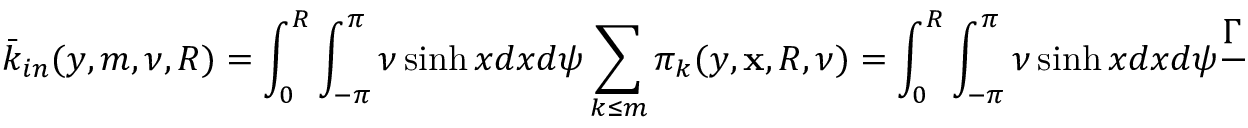
\bar { k } _ { i n } ( y , m , \nu , R ) = \int _ { 0 } ^ { R } \int _ { - \pi } ^ { \pi } \nu \sinh x d x d \psi \sum _ { k \leq m } \pi _ { k } ( y , \mathbf x , R , \nu ) = \int _ { 0 } ^ { R } \int _ { - \pi } ^ { \pi } \nu \sinh x d x d \psi \frac { \Gamma ( m , \nu A ( | | \mathbf x - \mathbf y | | , x , R ) ) } { m ! } ,